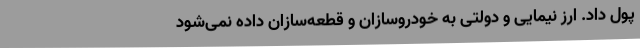
پول داد. ارز نیمایی و دولتی به خودروسازان و قطعه‌سازان داده نمی‌شود